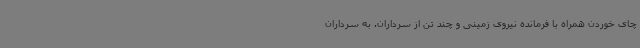
چای خوردن همراه با فرمانده نیروی زمینی و چند تن از سرداران. به سرداران